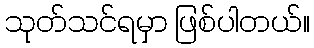
သုတ်သင်ရမှာ ဖြစ်ပါတယ်။